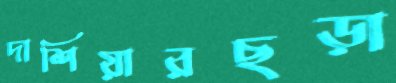
দাশিয়ারছড়া